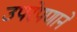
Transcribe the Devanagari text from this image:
उपरेपणाने